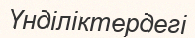
Үнділіктердегі